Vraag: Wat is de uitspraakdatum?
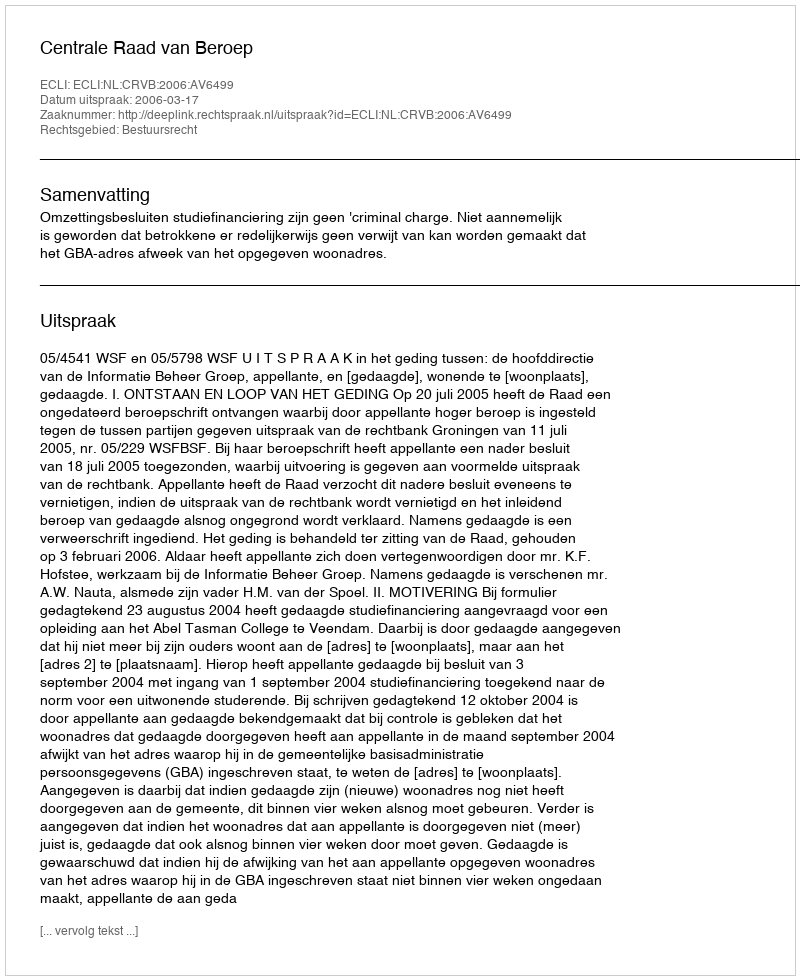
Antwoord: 2006-03-17